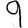
Digit: 9